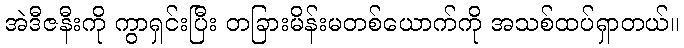
အဲဒီဇနီးကို ကွာရှင်းပြီး တခြားမိန်းမတစ်ယောက်ကို အသစ်ထပ်ရှာတယ်။